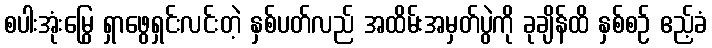
စပါးအုံးမြွေ ရှာဖွေရှင်းလင်းတဲ့ နှစ်ပတ်လည် အထိမ်းအမှတ်ပွဲကို ခုချိန်ထိ နှစ်စဉ် ဧည့်ခံ